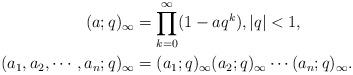
LaTeX: \begin{align*}(a;q)_{\infty} &=\prod_{k=0}^{\infty}(1-aq^{k}),|q|<1,\\(a_{1},a_{2},\cdots,a_{n};q)_{\infty}&=(a_{1};q)_{\infty}(a_{2};q)_{\infty}\cdots(a_{n};q)_{\infty}.\end{align*}